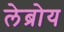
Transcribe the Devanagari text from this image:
लेब्रोय